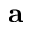
\mathbf { a }